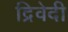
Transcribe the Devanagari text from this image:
द्रिवेदी